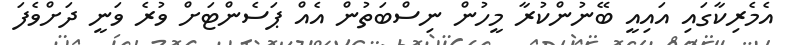
އެމެރިކާގައި އައިއީ ބޭނުންކުރާ މީހުން ނިސްބަތުން އެއް ޕަސެންޓަށް ވުރެ ވަނީ ދަށްވެފަ